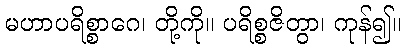
မဟာပရိစ္စာဂေ၊ တို့ကို။ ပရိစ္စဇိတွာ၊ ကုန်၍။